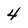
Character: 4